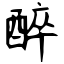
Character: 醉